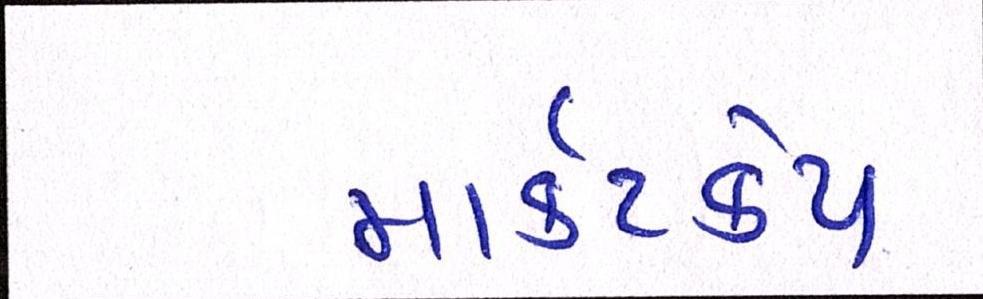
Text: માર્કેટકેપ